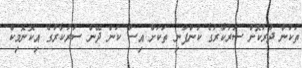
ތަކުން ދުރުކޮށް ސަރުކާރުގެ ކުންފުނި ތަކަށް އިސް ކަން ދޭން ސަރުކާރުގެ އިކޮނޮމިކް